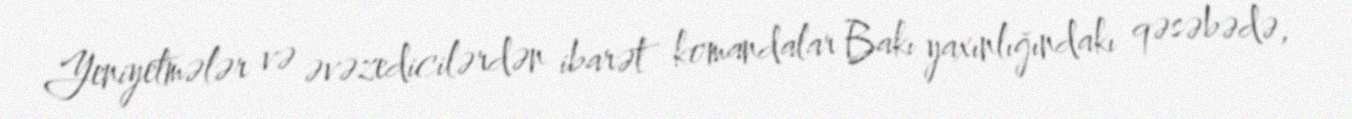
Yeniyetmələr və əvəzedicilərdən ibarət komandalar Bakı yaxınlığındakı qəsəbədə,